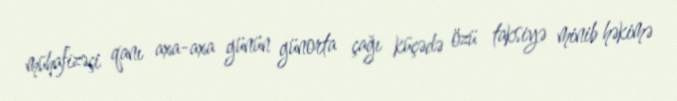
mühafizəçi qanı axa-axa günün günorta çağı küçədə özü taksiyə minib həkimə